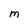
Character: M